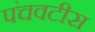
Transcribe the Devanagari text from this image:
पंचवटीस